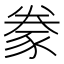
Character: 豢